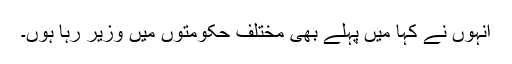
انہوں نے کہا میں پہلے بھی مختلف حکومتوں میں وزیر رہا ہوں۔